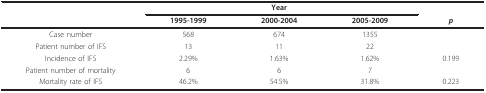
<table><thead><tr><td></td><td colspan="3"><b>Year</b></td><td></td></tr><tr><td></td><td><b>1995-1999</b></td><td><b>2000-2004</b></td><td><b>2005-2009</b></td><td><b><i>p</i></b></td></tr></thead><tbody><tr><td>Case number</td><td>568</td><td>674</td><td>1355</td><td></td></tr><tr><td>Patient number of IFS</td><td>13</td><td>11</td><td>22</td><td></td></tr><tr><td>Incidence of IFS</td><td>2.29%</td><td>1.63%</td><td>1.62%</td><td>0.199</td></tr><tr><td>Patient number of mortality</td><td>6</td><td>6</td><td>7</td><td></td></tr><tr><td>Mortality rate of IFS</td><td>46.2%</td><td>54.5%</td><td>31.8%</td><td>0.223</td></tr></tbody></table>